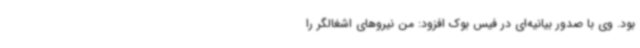
بود. وی با صدور بیانیه‌ای در فیس بوک افزود: من نیروهای اشغالگر را